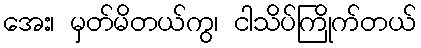
အေး၊ မှတ်မိတယ်ကွ၊ ငါသိပ်ကြိုက်တယ်